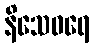
နိသေဝရေ